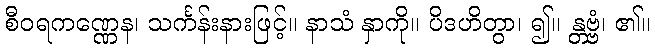
စီဝရကဏ္ဏေန၊ သင်္ကန်းနားဖြင့်။ နာသံ နှာကို။ ပိဒဟိတွာ၊ ၍။ န္တဗ္ဗံ၊ ၏။